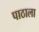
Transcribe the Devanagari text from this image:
पाठाला